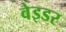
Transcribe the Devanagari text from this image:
वेइडर